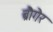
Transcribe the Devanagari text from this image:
ब्रौगेर